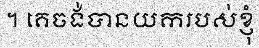
។ គេចង់បានយករបស់ខ្ញុំ